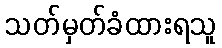
သတ်မှတ်ခံထားရသူ